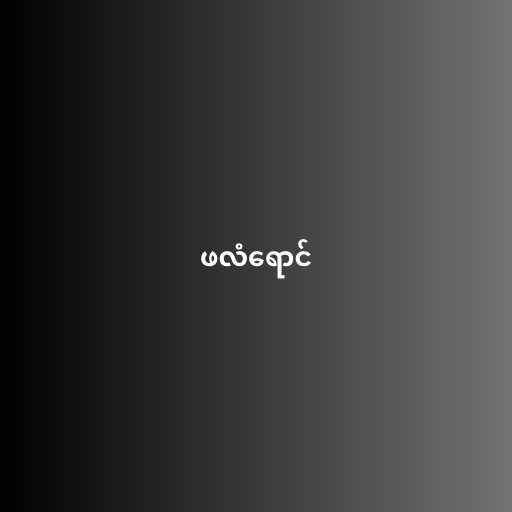
ဖလံရောင်